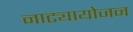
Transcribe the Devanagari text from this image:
नाट्यायोजन